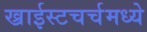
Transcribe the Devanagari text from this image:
ख्राईस्टचर्चमध्ये